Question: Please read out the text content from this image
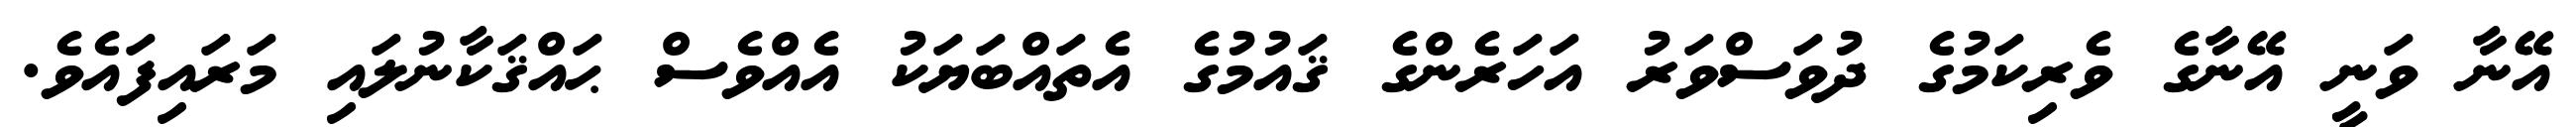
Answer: އޭނާ ވަނީ އޭނާގެ ވެރިކަމުގެ ދުވަސްވަރު އަހަރެންގެ ޤައުމުގެ އެތައްބަޔަކު އެއްވެސް ޙައްޤަކާނުލައި މަރައިފައެވެ.